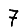
Digit: 7